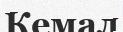
Кемал